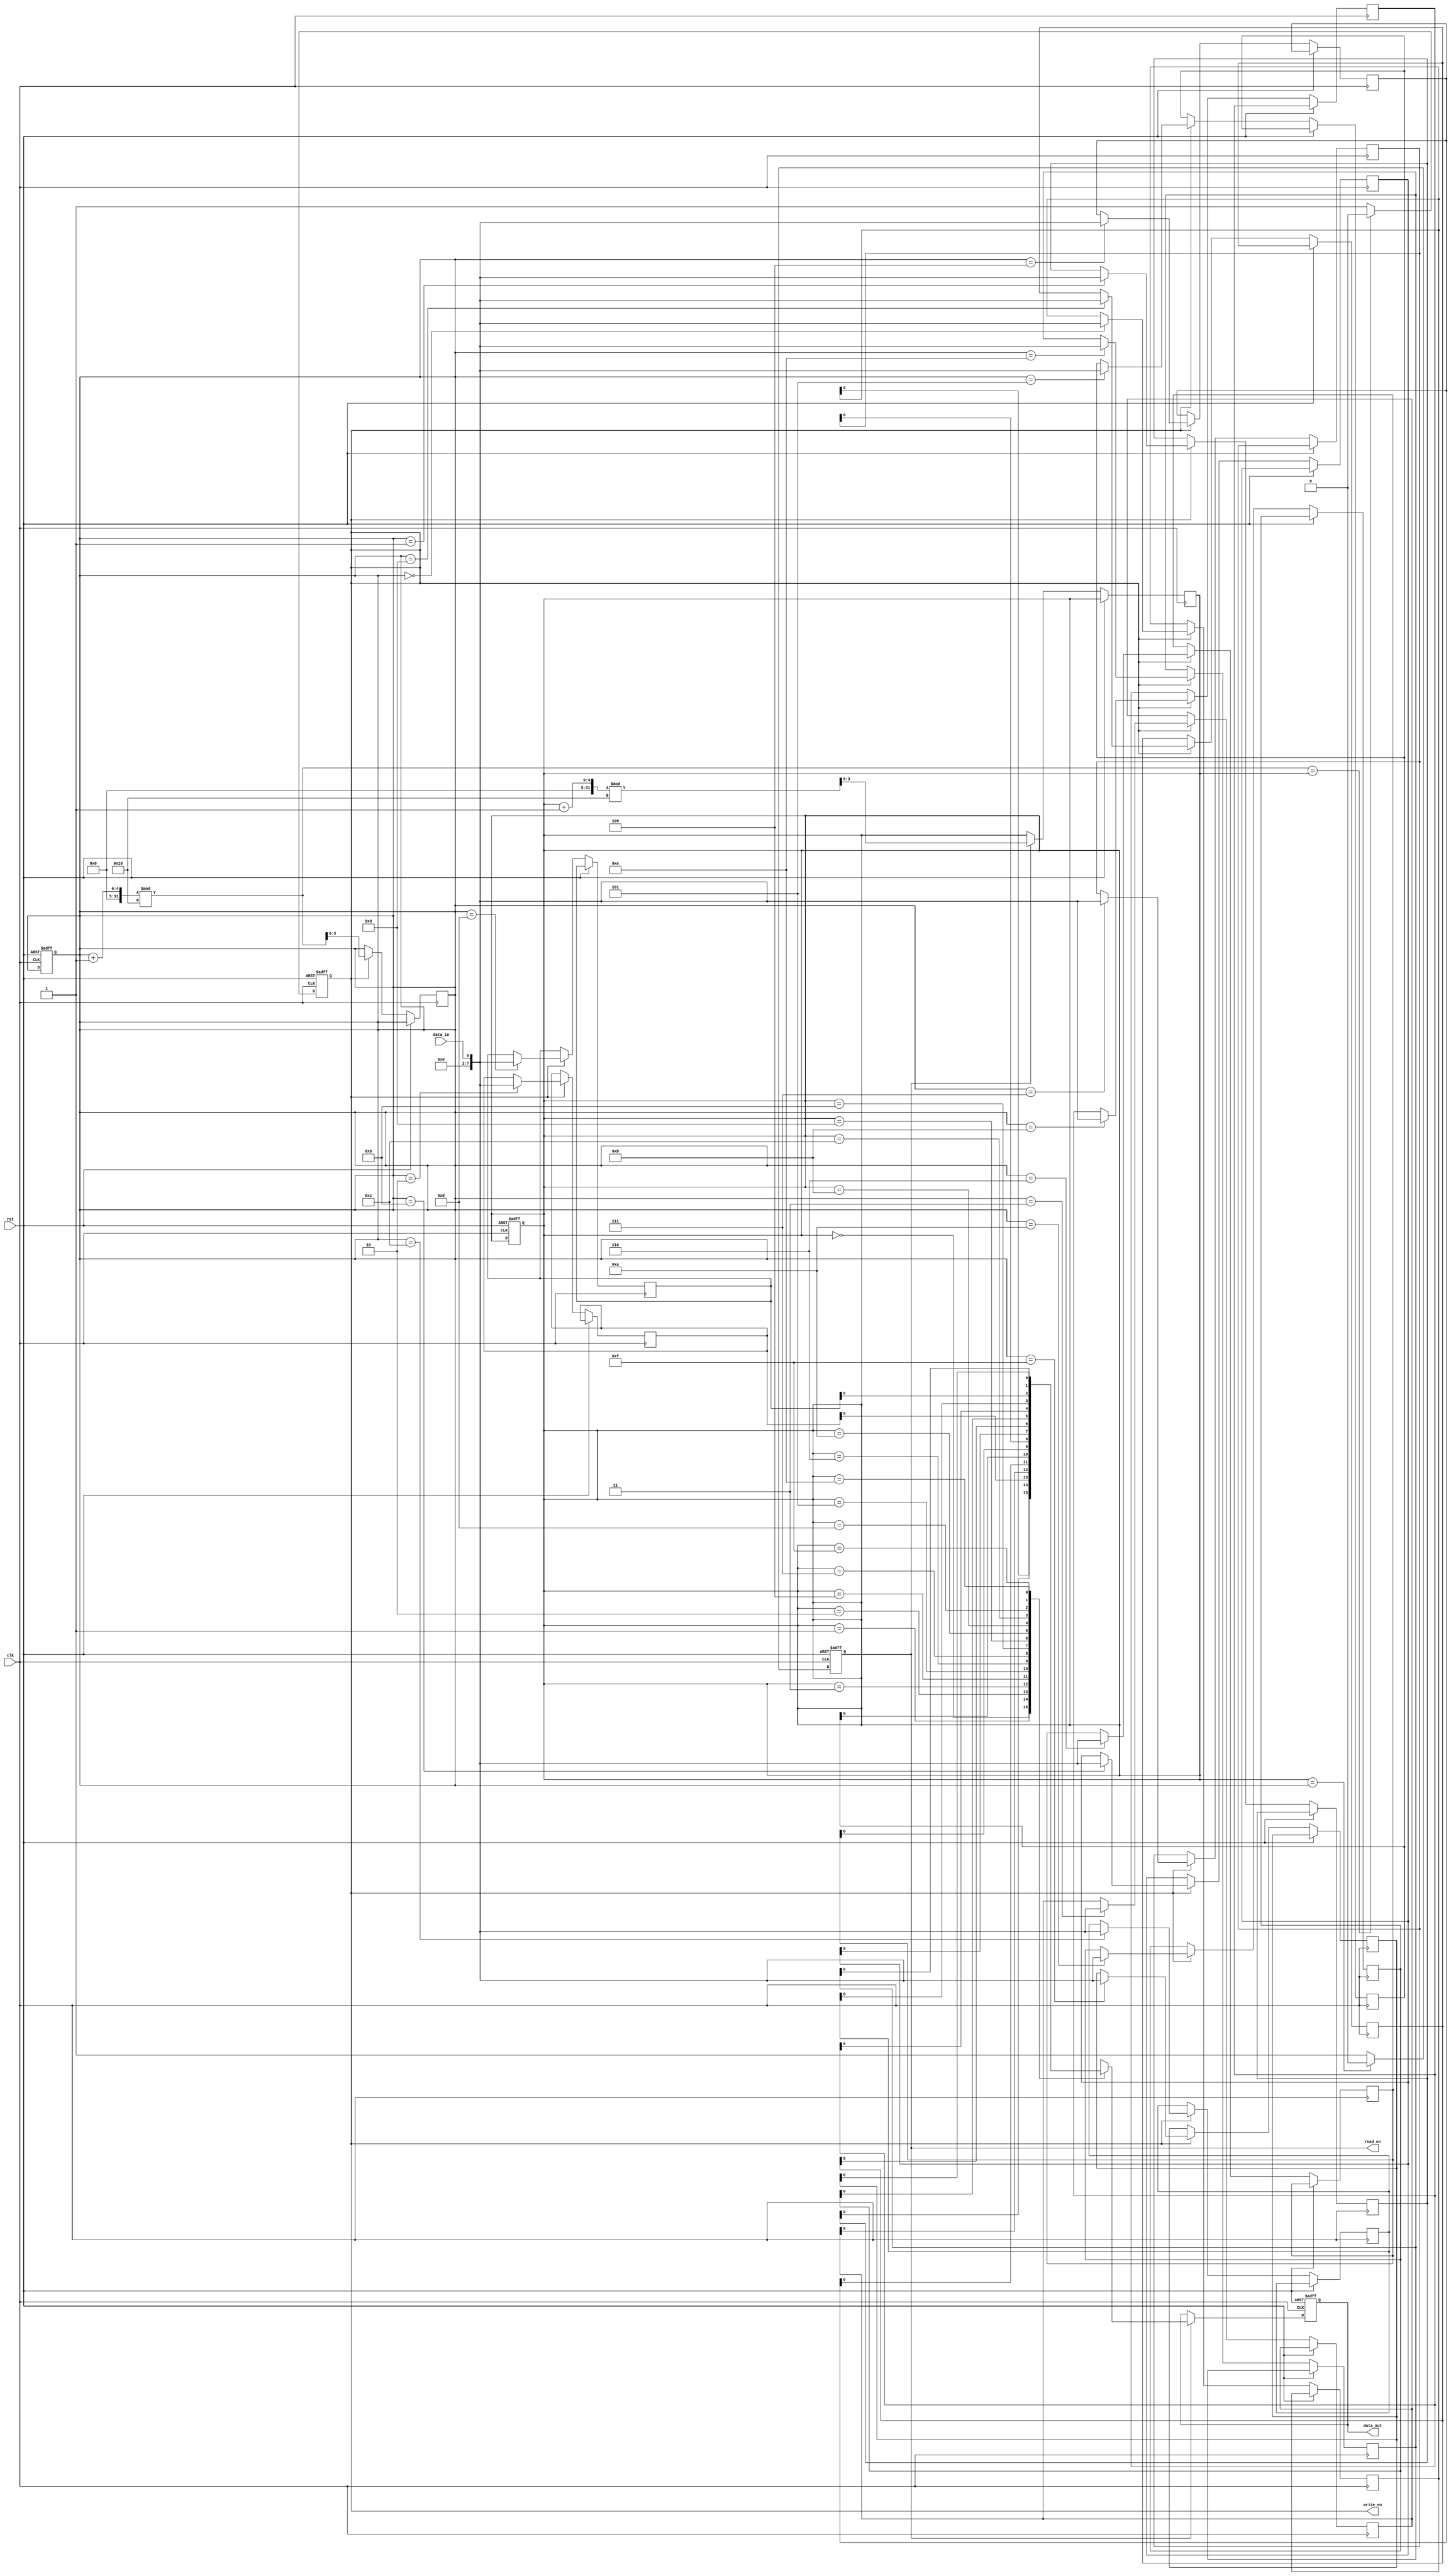
module async_fifo(
  input wire clk,         // input clock
  input wire rst,         // asynchronous reset
  input wire data_in,     // input data
  output reg data_out,    // output data
  output reg read_en,     // read enable signal
  output reg write_en     // write enable signal
);

reg [7:0] data_buffer [0:15]; // data buffer with depth of 16
reg [3:0] read_ptr, write_ptr; // read and write pointers

always @(posedge clk or posedge rst) begin
  if (rst) begin
    read_ptr <= 4'b0000;
    write_ptr <= 4'b0000;
    read_en <= 1'b0;
    write_en <= 1'b0;
  end else begin
    if (read_ptr == write_ptr) begin // buffer empty
      read_en <= 1'b0;
    end else begin
      read_en <= 1'b1;
    end

    if ((write_ptr + 1) % 16 == read_ptr) begin // buffer full
      write_en <= 1'b0;
    end else begin
      write_en <= 1'b1;
    end
  end
end

always @(posedge clk or posedge rst) begin
  if (rst) begin
    data_out <= 8'b00000000;
  end else begin
    if (read_en) begin
      data_out <= data_buffer[read_ptr];
      read_ptr <= (read_ptr + 1) % 16;
    end

    if (write_en) begin
      data_buffer[write_ptr] <= data_in;
      write_ptr <= (write_ptr + 1) % 16;
    end
  end
end

endmodule